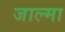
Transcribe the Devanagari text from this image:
जाल्मा